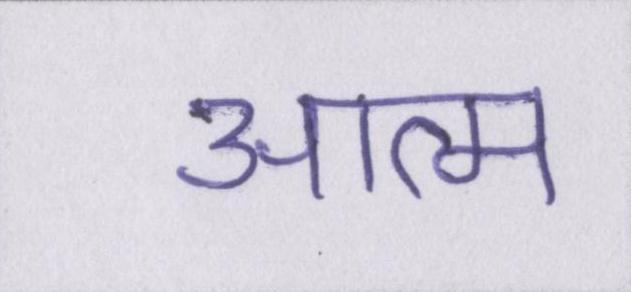
आत्म